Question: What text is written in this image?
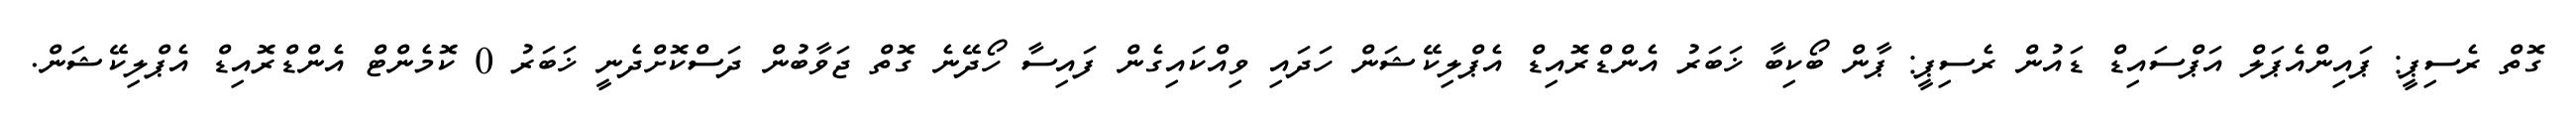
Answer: ގޮތް ރެސިޕީ: ޕައިންއެޕަލް އަޕްސައިޑް ޑައުން ރެސިޕީ: ޕާން ބޯކިބާ ޚަބަރު އެންޑްރޮއިޑް އެޕްލިކޭޝަން ހަދައި ވިއްކައިގެން ފައިސާ ހޯދޭނެ ގޮތް ޖަވާބުން ދަސްކޮށްދެނީ ޚަބަރު 0 ކޮމެންޓް އެންޑްރޮއިޑް އެޕްލިކޭޝަން.